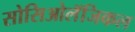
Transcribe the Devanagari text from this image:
सोसिओलॅजिकल